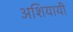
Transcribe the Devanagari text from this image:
अशियायी